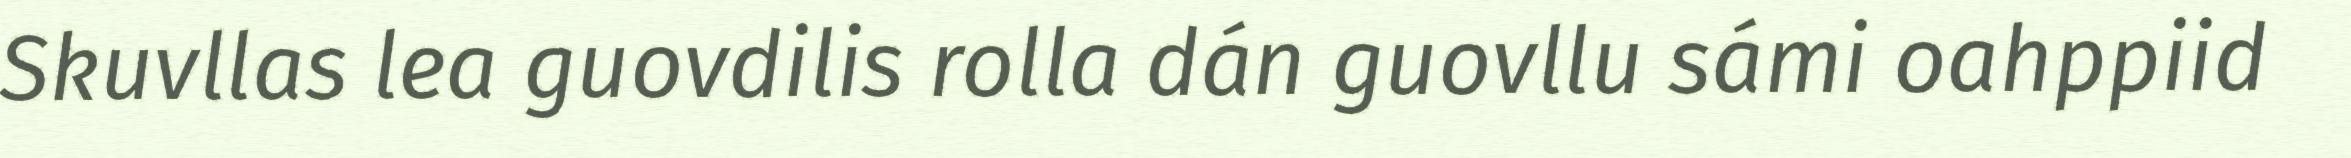
Skuvllas lea guovdilis rolla dán guovllu sámi oahppiid